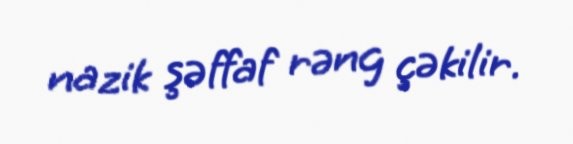
nazik şəffaf rəng çəkilir.